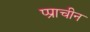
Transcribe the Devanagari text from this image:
प्प्राचीन